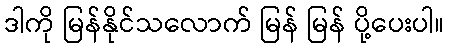
ဒါကို မြန်နိုင်သလောက် မြန် မြန် ပို့ပေးပါ။